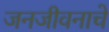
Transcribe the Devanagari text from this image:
जनजीवनाचे